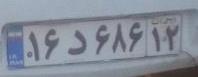
۱۶د۶۸۶۱۲